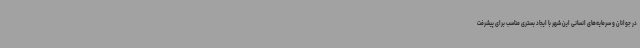
در جوانان و سرمایه‌های انسانی این شهر با ایجاد بستری مناسب برای پیشرفت